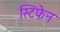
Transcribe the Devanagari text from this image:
स्टिफेन